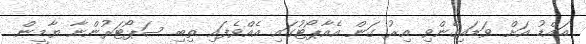
އައްޑު އަށް ވަޑައިގެންވި އިރު ގަން އެއާޕޯޓުގައި އެއްވެފައި ތިބި ސަޕޯޓަރުންނާ ޔާމީން